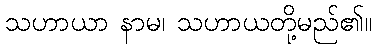
သဟာယာ နာမ၊ သဟာယတို့မည်၏။